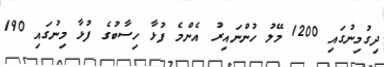
ދިގުމިނުގައި 1200 މޭލު ހުންނައިރު އެންމެ ފުޅާ ހިސާބުގެ ފުޅާ މިނުގައި 190